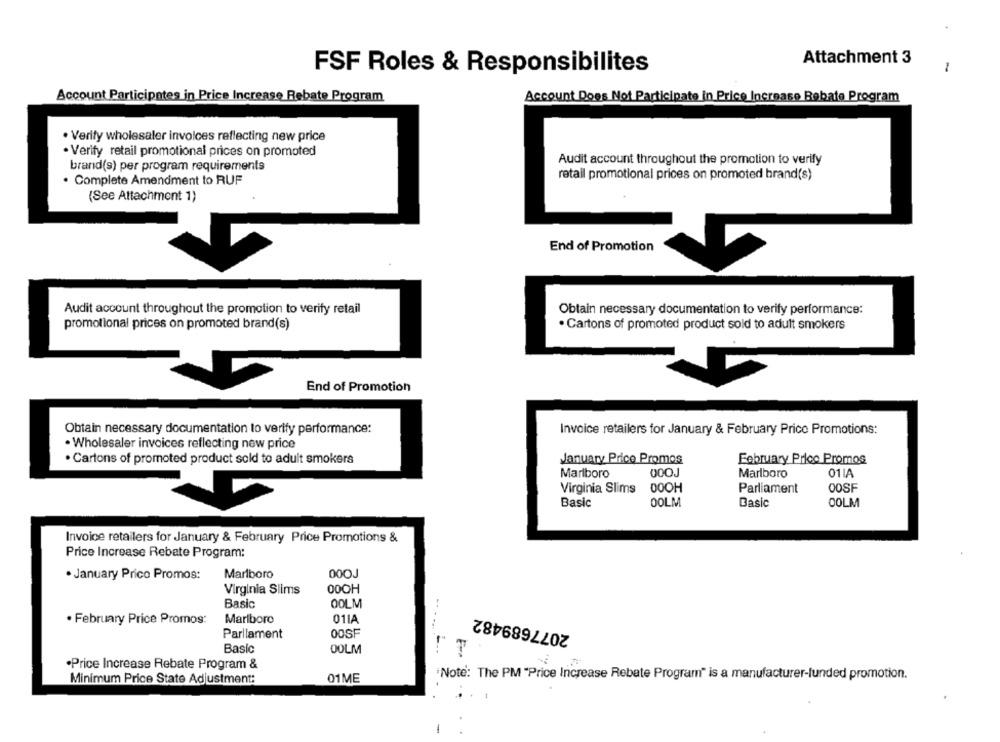
Attachment 3
FSF Roles & Responsibilitet
-
Account Participates in Price Increase Rebate Program
Account Does Not Participate in Price Increase Rebate Program
. Verify wholesaler invoices reflecting new price
· Verify retail promotional prices on promoted
Audit account throughout the promotion to verify
brand(s) per program requirements
retail promotional prices on promoted brand(s)
· Complete Amendment to RUF
(See Attachment 1)
End of Promotion
Audit account throughout the promotion to verify retail
Obtain necessary documentation to verify performance:
promotional prices on promoted brand(s)
· Cartons of promoted product sold to adult smokers
End of Promotion
Obtain necessary documentation to verify performance:
Invoice retailers for January & February Price Promotions:
. Wholesaler invoices reflecting new price
· Cartons of promoted product sold to adult smokers
January Price Promos
February Price Promos
Marlboro
000J
Marlboro
01LA
Virginia Slims
OOOH
Parliament
00SF
Basic
00LM
Basic
00LM
Invoice retailers for January & February Price Promotions &
Price Increase Rebate Program:
· January Prico Promos:
Marlboro
00QJ
Virginia Slims
0OCH
Basic
00LM
2077689482
· February Price Promos:
Marlboro
01IA
Parliament
OOSF
Basic
00LM
·Price Increase Rebate Program &
Note: The PM "Price Increase Rebate Program" is a manufacturer-funded promotion.
Minimum Price State Adjustment:
01ME
-